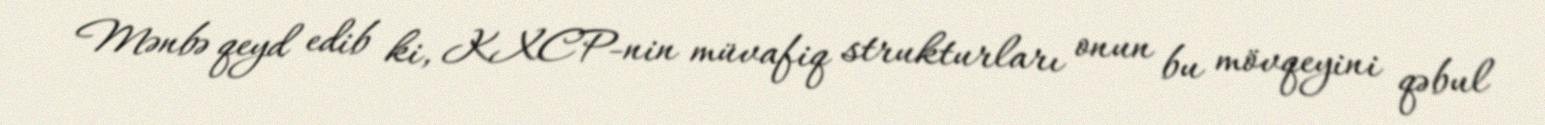
Mənbə qeyd edib ki, KXCP-nin müvafiq strukturları onun bu mövqeyini qəbul